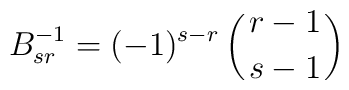
B^{-1}_{sr} = (-1)^{s-r} \left(r-1 \atop{s-1} \right)